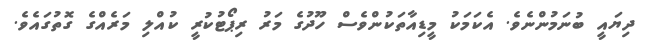
ދިޔައީ ބުނަމުންނެވެ. އެކަމަކު މީޑިއާތަކުންވެސް ހޫދުގެ މަރު ރިޕޯޓުކުރީ ކުއްލި މަރެއްގެ ގޮތުގައެވެ.